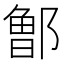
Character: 𰻹